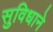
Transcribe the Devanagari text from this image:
सुविधाने